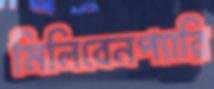
মিলিবেনপ্যারি